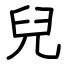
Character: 兒